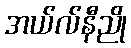
အယ်လ်နီညို